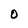
Character: O